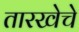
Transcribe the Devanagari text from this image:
तारखेचे